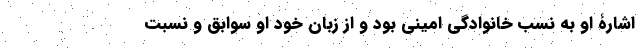
اشارۀ او به نسب خانوادگی امینی بود و از زبان خود او سوابق و نسبت